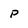
Character: P